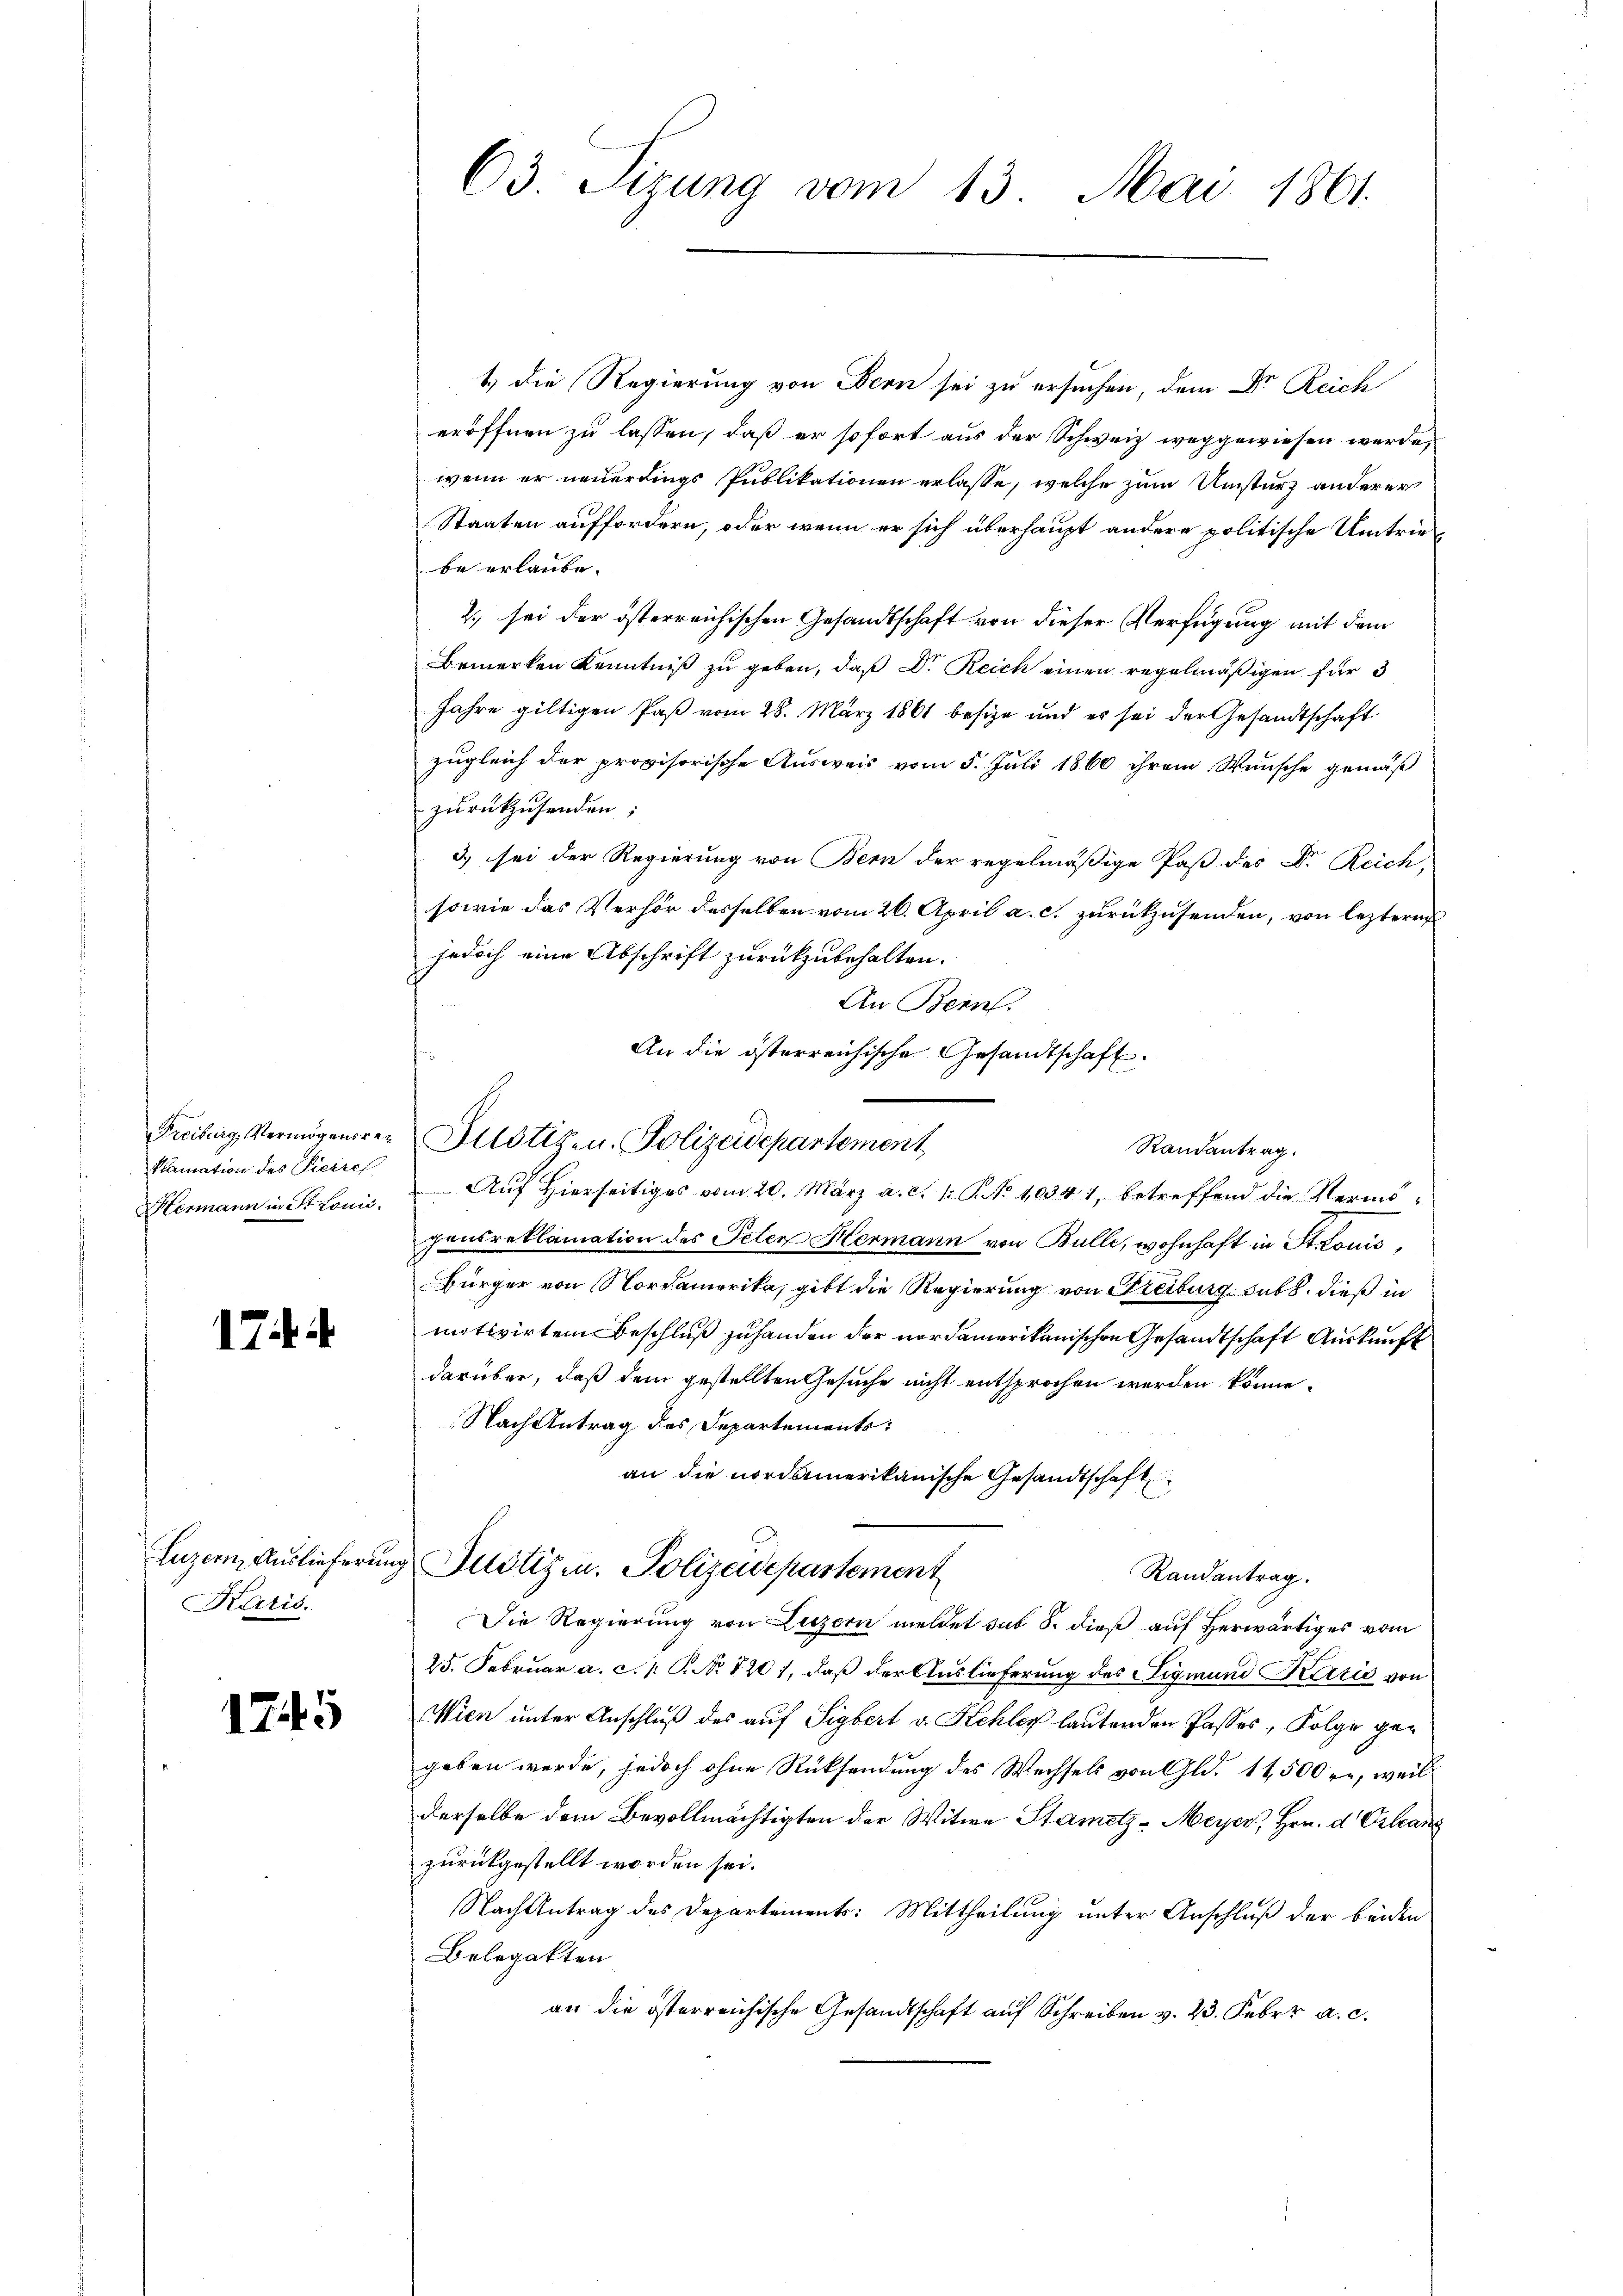
Freiburg, Vermögensreklamation des Pierrech
Hermann in St. Louić.

17

Karis.

175

63 Sitzung vom 13. Mai 1861.

1) die Regierung von Bern sei zu ersuchen, dem Dr. Reich
eröffnen zu lassen, daß er sofort aus der Schweiz weggewiesen werde,
wenn er neuerdings Publikationen erlasse, welche zum Umsturz anderer
Staaten auffordern, oder wenn er sich überhaupt andere politische Umtriebe erlaube.
2., sei der österreichischen Gesandtschaft von dieser Verfügung mit dem
Bemerken Kenntniß zu geben, daß Dr. Reich einen regelmäßigen für 3
Jahre giltigen Paß vom 28. März 1861 besize und es sei der Gesandtschaft
zugleich der provisorische Ausweis vom 5. Juli 1860 ihrem Wunsche gemäß
zurückzusenden:
3) sei der Regierung von Bern der regelmäßige Paß des Dr. Reich,
sowie das Verhör desselben vom 26. April a. c. zurückzusenden, von lezterer
jedoch eine Abschrift zurückzubehalten.
An Bern.
An die österreichische Gesandtschaft.
Auf Hierseitiges vom 20. März a. c. 1 S. No 10341, betreffend die Vermögensreklamation des Peten Hermann von Bulle, wohnhaft in Stonis
Bürger von Nordamerika, gibt die Regierung von Freiburg sub b. dieß in
motivirten Beschluß zuhanden der nordamerikanischen Gesandtschaft Auskunft
darüber, daß dem gestellten Gesuche nicht entsprochen werden könne.
Nach Antrag des Departements:
an die nordamerikanische Gesandtschaft
Luzern, Auslieferung Justiz in Polizeidepartement
Randantrag.
Die Regierung von Luzern meldet sub 8. dieß auf herwärtiges vom
25. Februar a. c. 1. P. No. 1201, daß der Auslieferung des Sigmund Kario von
Wien unter Anschluß des auf Sigbert v. Kehler lautenden Passes, Folge gegeben werde, jedoch ohne Rücksendung des Wechsels von Gld. 11,500 re, weil
derselbe dem Bevollmächtigten der Witwe Stametz - Meyer, Hrn. d. Orleans
zurückgestellt worden sei.
Nach Antrag des Departements: Mittheilung unter Anschluß der beiden
Belegatten
an die österreichische Gesandtschaft auf Schreiben v. 23. Febr. a. c.

Justiz- u. Polizeidepartement

Randantrag.